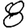
Digit: 8